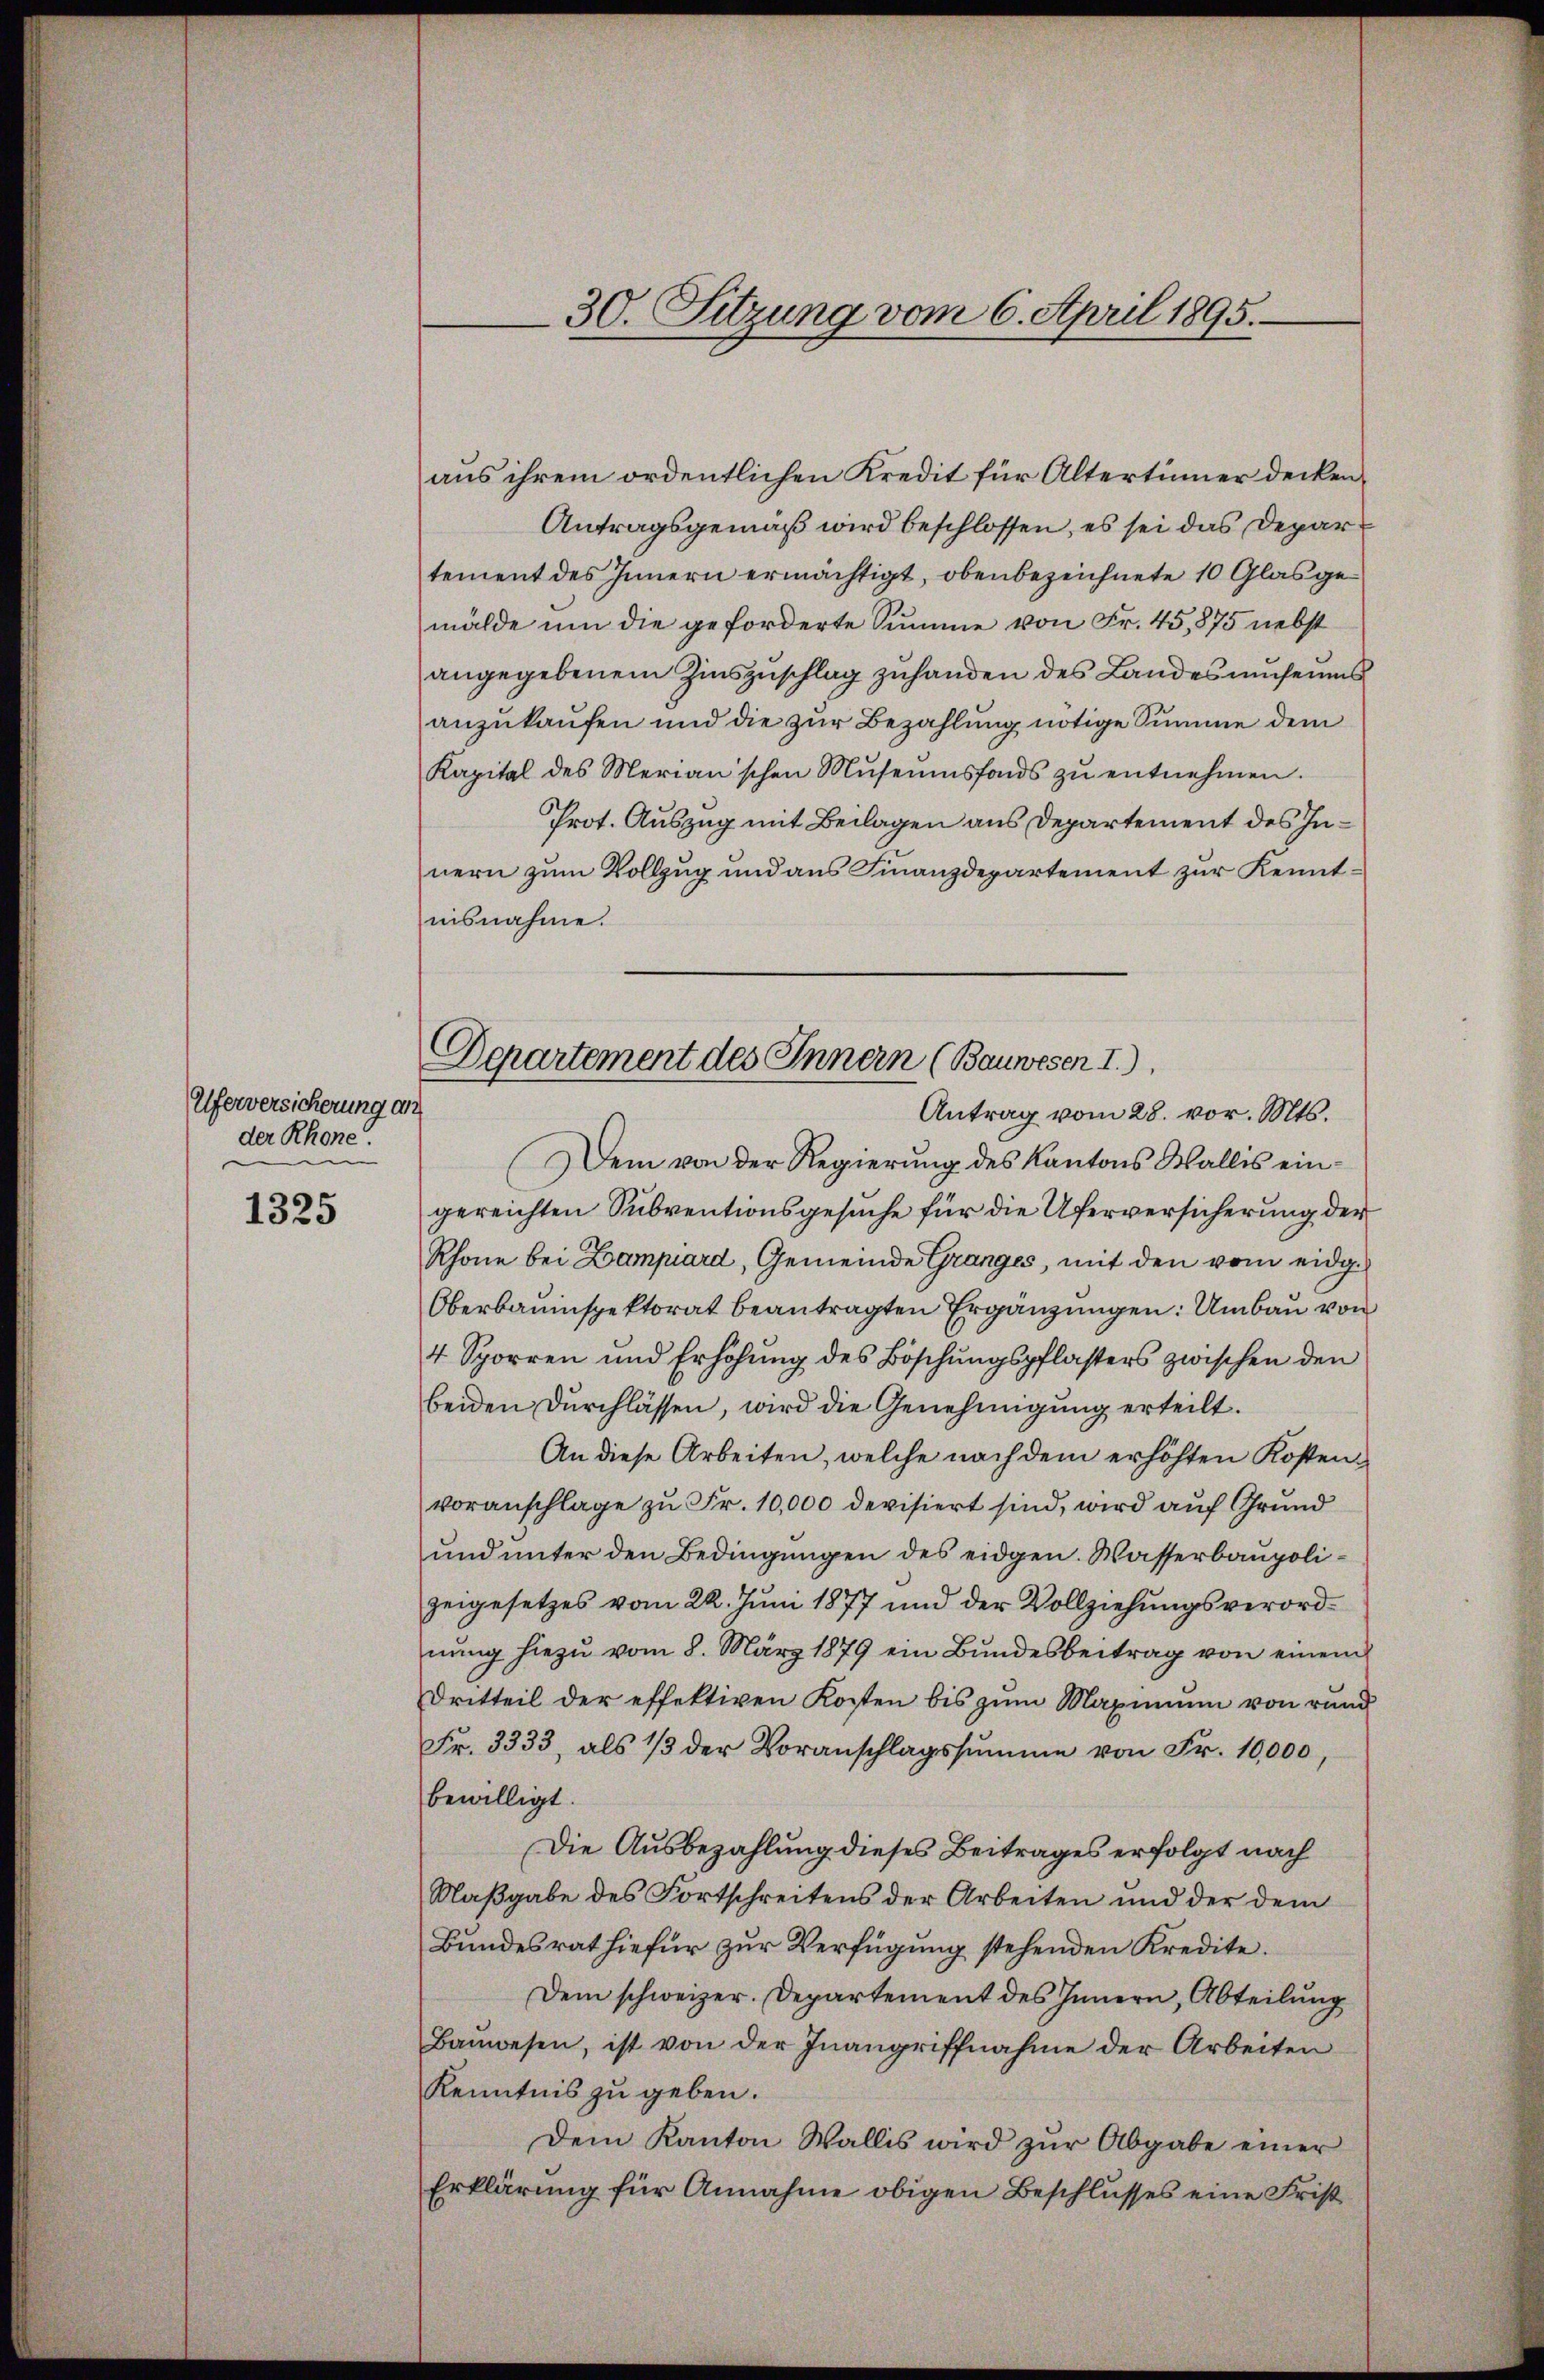
Uferversicherung an
der Rhone.
e

1325

aus ihrem ordentlichen Kredit für Altertümer decken¬
Antragsgemäß wird beschlossen, es sei das Depar
tement des Innern ermächtigt, obenbezeichnete 10 Glas gemälde um die geforderte Summe von Fr. 45, 875 nebst
angegebenem Zinszuschlag zuhanden des Landes umseins
anzukaufen und die zur Bezahlung nötige Summe dem
Kapital des Merian'schen Museumsfonds zŭ entnehmen.
Prot. Auszug mit Beilagen aus Departement des Innern zum Vollzug und aus Finanzdepartement zur Kenntnisnahme.

30. Sitzung vom 6. April 1895.

Dem von der Regierŭng des Kantons Wallis eingereichten Subventionsgesuche für die Uferversicherung der
Rhone bei Zampiard, Gemeinde Granges, mit den vom eidg.
Oberbauinspektorat beantragten Ergänzungen: Umbau von
4 Sporren und Erhöhŭng des Böschŭngspflasters zwischen den
beiden Durchlassen, wird die Genehmigung erteilt.
An diese Arbeiten, welche nach dem erhöhten Kostenvoranschlage zu Fr. 10,000 devisiert sind, wird auf Grund
und unter den Bedingungen des eidgen. Wasserbaupolizeigesetzes vom 22. Juni 1877 und der Vollziehungsverordnŭng hiezŭ vom 8. März 1879 ein Bundesbeitrag von einem
Dritteil der effektiven Kosten bis zum Maximum von rund
Fr. 3333, als 1/3 der Voranschlagssumme von Fr. 10,000,
bewilligt.
Die Ausbezahlung dieses Beitrages erfolgt nach
Maßgabe des Fortschreitens der Arbeiten und der dem
Bundesrat hiefür zŭr Verfügung stehenden Kredite.
Dem schweizer. Departement des Innern, Abteilung
Baŭwesen, ist von der Inangriffnahme der Arbeiten
Kenntnis zu geben.
Dem Kanton Wallis wird zŭr Abgabe einer
Erklärung für Annahme obigen Beschlusses eine Frist

Departement des Innern (Bauwesen I.).
Antrag vom 28. vor. Mts.